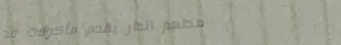
مطعم الدار يقدم مأكولات ف